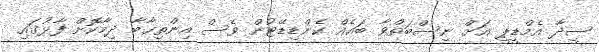
ސީދާ އެމްޑީޕީ އަށް ނިސްބަތްވާ ބައެއް ކެންޑިޑޭޓުން ވެސް އިންތިޚާބާ ދިމާކޮށް ފާޅުގައި